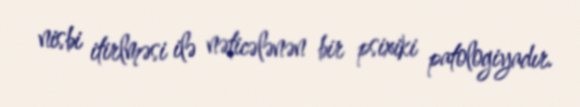
nisbi itirlməsi ilə nəticələnən bir psixiki patologiyadır.